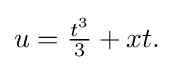
{\textstyle u={\tfrac {t^{3}}{3}}+xt.}